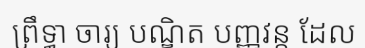
ព្រឹទ្ធា ចារ្យ បណ្ឌិត បញ្ញវន្ត ដែល